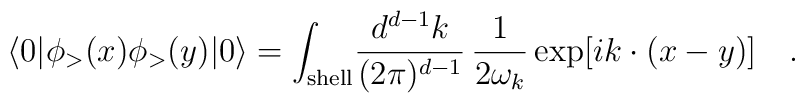
\langle 0|\phi_>(x)\phi_>(y)|0\rangle=\int_{\rm shell}\!{d^{d-1}k\over (2\pi)^{d-1}}\,{1\over 2\omega_k}\exp[ik\cdot(x-y)]\quad.